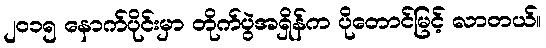
၂၀၁၅ နောက်ပိုင်းမှာ တိုက်ပွဲအရှိန်က ပိုတောင်မြင့် လာတယ်။